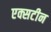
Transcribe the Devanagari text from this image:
एक्सटीन